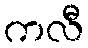
ကလီ